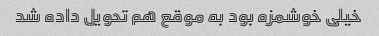
خیلی خوشمزه بود به موقع هم تحویل داده شد